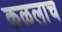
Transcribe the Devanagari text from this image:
कळलाच